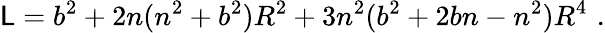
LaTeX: \mathsf{L}=b^{2}+2n(n^{2}+b^{2})R^{2}+3n^{2}(b^{2}+2bn-n^{2})R^{4}\, \, .